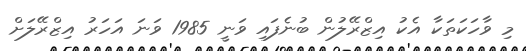
މި ވާހަކަތަކާ އެކު އިޒްރޭލުން ބުނެފައި ވަނީ 1985 ވަނަ އަހަރު އިޒްރޭލަށް